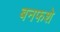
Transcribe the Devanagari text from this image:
बनफशे